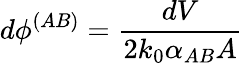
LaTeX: d\phi^{(AB)}=\frac{dV}{2k_{0}\alpha_{AB}A}